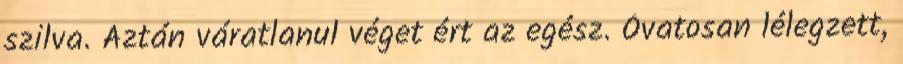
szilva. Aztán váratlanul véget ért az egész. Óvatosan lélegzett,